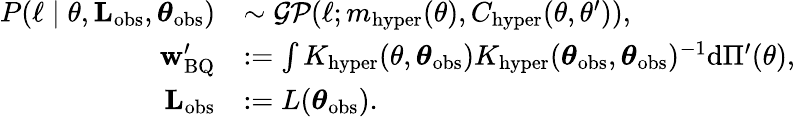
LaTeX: \begin{array}{rl}{P(\ell\mid\theta,\textbf{L}_{\mathrm{obs}},\boldsymbol\theta_{\mathrm{obs}})}&{\sim\mathcal{GP}(\ell;m_{\mathrm{hyper}}(\theta),C_{\mathrm{hyper}}(\theta,\theta^{\prime})),}\\ {\textbf{w}_{\mathrm{BQ}}^{\prime}}&{:=\int K_{\mathrm{hyper}}(\theta,\boldsymbol\theta_{\mathrm{obs}})K_{\mathrm{hyper}}(\boldsymbol\theta_{\mathrm{obs}},\boldsymbol\theta_{\mathrm{obs}})^{-1}\mathrm{d}\Pi^{\prime}(\theta),}\\ {\textbf{L}_{\mathrm{obs}}}&{:=L(\boldsymbol\theta_{\mathrm{obs}}).}\end{array}